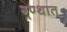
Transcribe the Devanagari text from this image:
ग्र्ण्थात